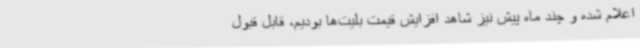
اعلام شده و چند ماه پیش نیز شاهد افزایش قیمت بلیت‌ها بودیم، قابل قبول